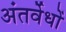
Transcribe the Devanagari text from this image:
अंतर्वेधों